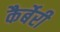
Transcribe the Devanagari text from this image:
कैर्बेरी